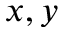
x , y